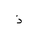
Letter: _thal